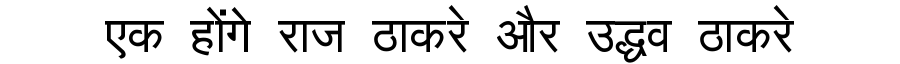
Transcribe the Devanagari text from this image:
एक होंगे राज ठाकरे और उद्धव ठाकरे